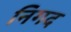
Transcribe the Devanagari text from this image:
निगद